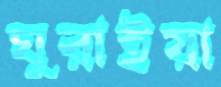
ঘুরাইয়া